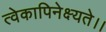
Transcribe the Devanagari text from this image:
त्वेकापिनेक्ष्यते।।